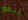
يبدو